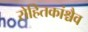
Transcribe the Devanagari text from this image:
रोहितकांश्चैव